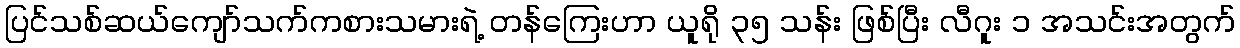
ပြင်သစ်ဆယ်ကျော်သက်ကစားသမားရဲ့ တန်ကြေးဟာ ယူရို ၃၅ သန်း ဖြစ်ပြီး လီဂူး ၁ အသင်းအတွက်